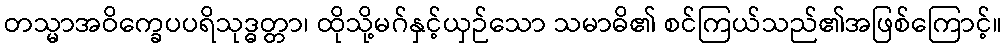
တသ္မာအဝိက္ခေပပရိသုဒ္ဓတ္တာ၊ ထိုသို့မဂ်နှင့်ယှဉ်သော သမာဓိ၏ စင်ကြယ်သည်၏အဖြစ်ကြောင့်။